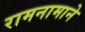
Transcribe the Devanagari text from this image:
रामनामाने